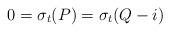
LaTeX: \begin{align*}0 = \sigma_t(P) = \sigma_t(Q -i)\end{align*}